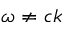
\omega \neq c k